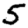
Digit: 5